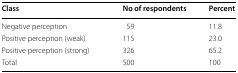
| Class | No of respondents | Percent |
 | --- | --- | --- |
 | Negative perception | 59 | 11.8 |
 | Positive perception (weak) | 115 | 23.0 |
 | Positive perception (strong) | 326 | 65.2 |
 | Total | 500 | 100 |